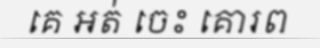
គេ អត់ ចេះ គោរព